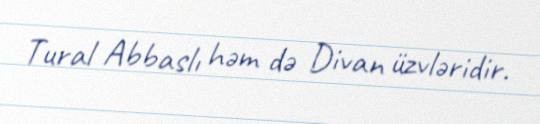
Tural Abbaslı həm də Divan üzvləridir.